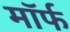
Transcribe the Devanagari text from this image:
मॉर्फ